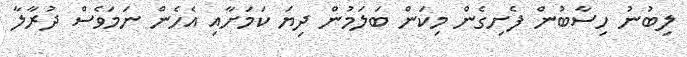
ލިބުނު ހިސާބުން ފެށިގެން މިކަން ބަލަމުން ދިޔަ ކަމަށާއި އެހެން ނަމަވެސް ދުރާލާ